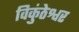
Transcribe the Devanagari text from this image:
विकुंठेश्वर